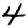
Digit: 4